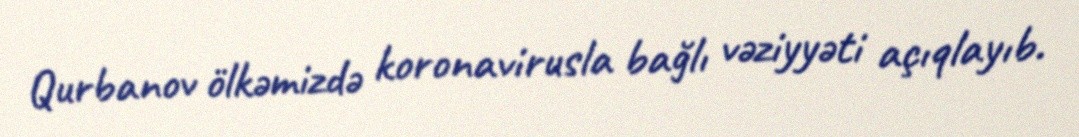
Qurbanov ölkəmizdə koronavirusla bağlı vəziyyəti açıqlayıb.